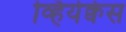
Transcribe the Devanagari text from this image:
व्हियेक्वेस